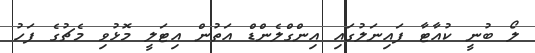
ލޯ ބުނީ ކުއާޓާ ފައިނަލުގައި އިންގްލެންޑް އަތުން އިޓަލީ މޮޅުވި މެޗުގެ ފަހު